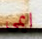
ايمى